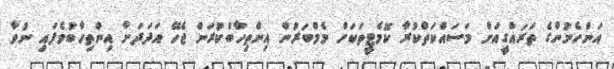
އަންހެނުންގެ ތަރައްގީއަށް މަސައްކަތްކުރާ ކޮމެޓީތަކަށް މެމްބަރުން އިންތިހާބްކުރަން ޖެހޭ އަދަދަށް އިންތިހާބުވެފައި ނުވާ